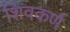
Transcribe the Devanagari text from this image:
शिवकर्ण